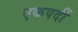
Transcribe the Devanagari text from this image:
एकपदीं